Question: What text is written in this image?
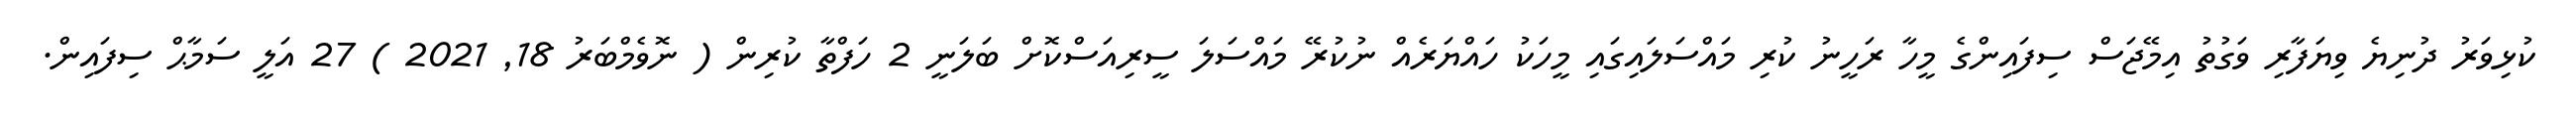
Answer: ކުޅިވަރު ދުނިޔެ ވިޔަފާރި ވަގުތު އިމޭޖަސް ސިފައިންގެ މީހާ ރަހީނު ކުރި މައްސަލައިގައި މީހަކު ހައްޔަރެއް ނުކުރޭ މައްސަލަ ސީރިއަސްކޮށް ބަލަނީ 2 ހަފްތާ ކުރިން ( ނޮވެމްބަރު 18, 2021 ) 27 އަލީ ސަމާޙް ސިފައިން.